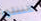
ظننتها